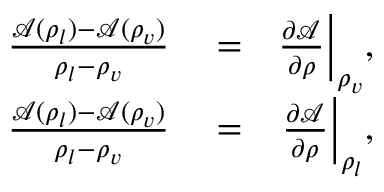
\begin{array} { r l r } { \frac { \mathcal { A } ( \rho _ { l } ) - \mathcal { A } ( \rho _ { v } ) } { \rho _ { l } - \rho _ { v } } } & { { } = } & { \frac { \partial \mathcal { A } } { \partial \rho } \bigg \vert _ { \rho _ { v } } , } \\ { \frac { \mathcal { A } ( \rho _ { l } ) - \mathcal { A } ( \rho _ { v } ) } { \rho _ { l } - \rho _ { v } } } & { { } = } & { \frac { \partial \mathcal { A } } { \partial \rho } \bigg \vert _ { \rho _ { l } } , } \end{array}